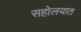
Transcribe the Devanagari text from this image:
सहोलयात